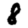
Digit: 8